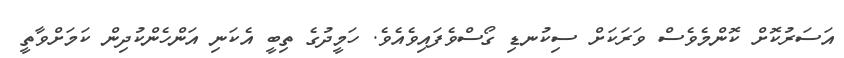
އަސަރުކޮށް ކޮންމެވެސް ވަރަކަށް ސިކުނޑި ގޯސްވެފައިވެއެވެ. ހަމީދުގެ ތިބީ އެކަނި އަންހެންކުދިން ކަމަށްވާތީ